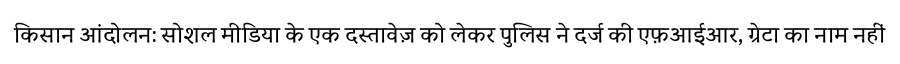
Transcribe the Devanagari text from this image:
किसान आंदोलन: सोशल मीडिया के एक दस्तावेज़ को लेकर पुलिस ने दर्ज की एफ़आईआर, ग्रेटा का नाम नहीं